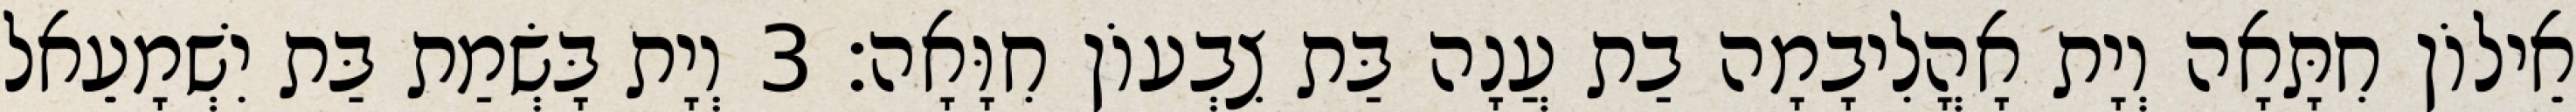
אֵילוֹן חִתָּאָה וְיָת אָהֳלִיבָמָה בַת עֲנָה בַּת צִבְעוֹן חִוָּאָה׃ 3 וְיָת בָּשְׂמַת בַּת יִשְׁמָעֵאל